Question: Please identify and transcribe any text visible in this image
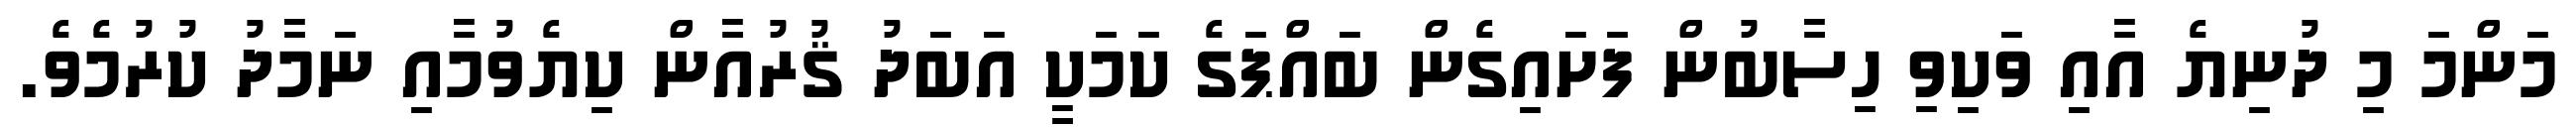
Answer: މަންމަ މި ދުނިޔެ އާއި ވަކިވި ހިސާބުން ފަށައިގެން ބައްޕަގެ ކަމަކީ އަބަދު ޤުރުއާން ކިޔެވުމާއި ނަމާދު ކުރުމެވެ.